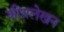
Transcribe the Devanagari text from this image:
शीघ्रलेखन